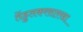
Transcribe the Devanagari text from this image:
तेंडुलकरसारखा